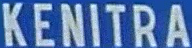
KENITRA